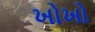
ખોખો